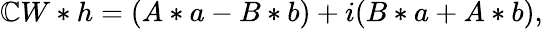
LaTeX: \mathbb{C}W*h=(A*a-B*b)+i(B*a+A*b),